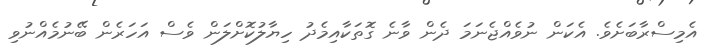
އެމިސްރާބަށެވެ. އެކަން ނުވެއްޖެނަމަ ދެން ވާނެ ގޮތަކާއިމެދު ހިޔާލުކޮށްލަން ވެސް އަހަރެން ބޭނުމެއްނުވި